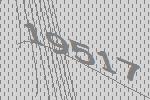
19517